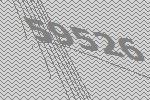
59526